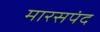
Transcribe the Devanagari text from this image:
मारसपंद